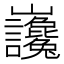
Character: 𡿣